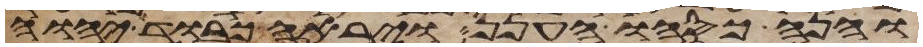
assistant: והנה כסהו הענן ויראה כבוד יהוה